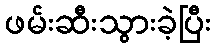
ဖမ်းဆီးသွားခဲ့ပြီး